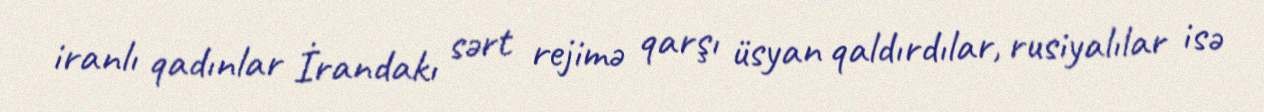
iranlı qadınlar İrandakı sərt rejimə qarşı üsyan qaldırdılar, rusiyalılar isə